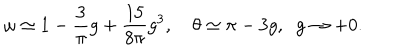
LaTeX: \omega \simeq 1 - \frac 3 \pi g + \frac { 1 5 } { 8 \pi } g ^ { 3 } , \quad \theta \simeq \pi - 3 g , \; \; g \to + 0 .